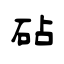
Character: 砧